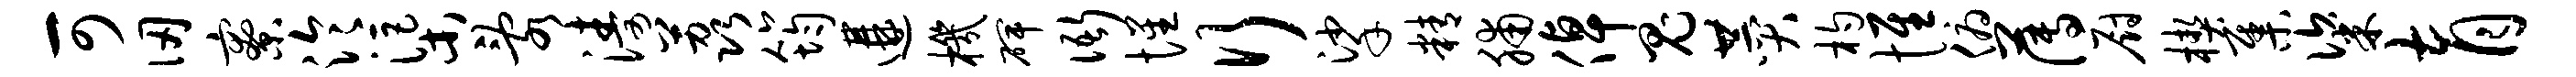
可仞寮泠渠乱涛荔筠遘机碑衙惺行挲精脯倬鬼赞杓惟俯薄厨楔集粢育